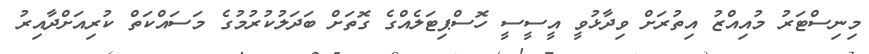
މިނިސްޓަރު މުއިއްޒު އިތުރަށް ވިދާޅުވީ އީސީސީ ހޮސްޕިޓަލެއްގެ ގޮތަށް ބަދަލުކުރުމުގެ މަސައްކަތް ކުރިއަށްދާއިރު